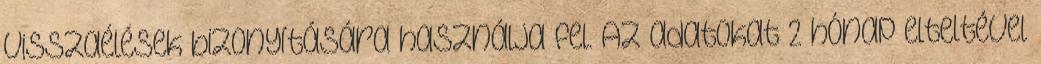
visszaélések bizonyítására használja fel. Az adatokat 2 hónap elteltével